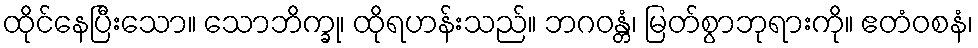
ထိုင်နေပြီးသော။ သောဘိက္ခု၊ ထိုရဟန်းသည်။ ဘဂဝန္တံ၊ မြတ်စွာဘုရားကို။ ဧတံဝစနံ၊